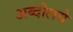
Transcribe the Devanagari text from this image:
अब्दोलये